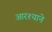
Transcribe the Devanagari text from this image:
आरश्याने